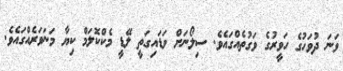
ވަނަ ދުވަހުގެ ހަވީރުގެ ވަގުތެއްގައެވެ. ސިލޯނަށް ވަޑައިގަތީ ލޭޑީ މެކްކޮލަމް ކިޔާ މަނަވަރެއްގައެވެ.